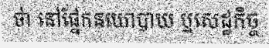
ថា នៅផ្នែកនយោបាយ ឬសេដ្ឋកិច្ច